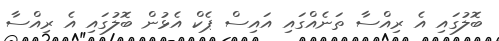
ބޮލުގައި އެ ރިއްސާ ތަނެއްގައި އައިސް ޕެކް އެޅުން ބޮލުގައި އެ ރިއްސާ